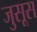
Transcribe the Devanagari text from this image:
जुसूस